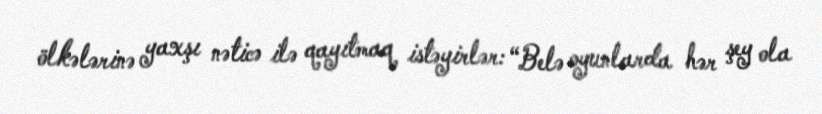
ölkələrinə yaxşı nəticə ilə qayıtmaq istəyirlər: “Belə oyunlarda hər şey ola